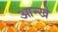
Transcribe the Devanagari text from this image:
आन्खे